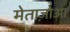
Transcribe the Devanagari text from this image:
मेताज़ोआ